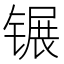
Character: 𬭫